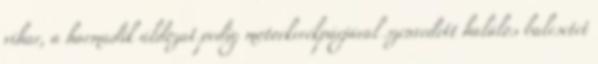
vihar, a harmadik áldozat pedig motorkerékpárjával szenvedett halálos balesetet